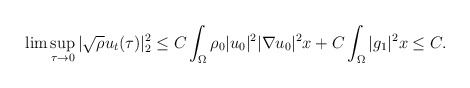
\begin{align*}\lim \sup_{\tau\rightarrow 0}|\sqrt{\rho}u_t(\tau)|^2_2 \leq C\int_{\Omega} \rho_0 |u_0|^2|\nabla u_0|^2x+C\int_{\Omega} |g_1|^2x\leq C.\end{align*}